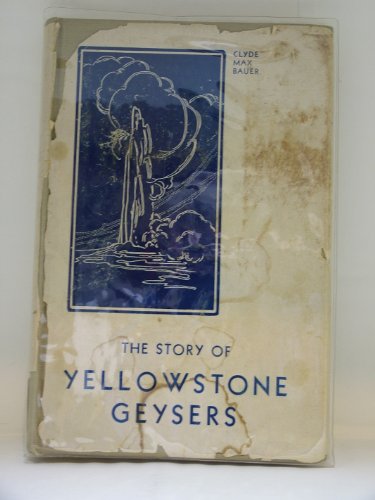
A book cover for The Story of Yellowstone Geysers by Clyde Max Bauer - 1st Edition - 1937; Clyde Max Bauer; Travel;